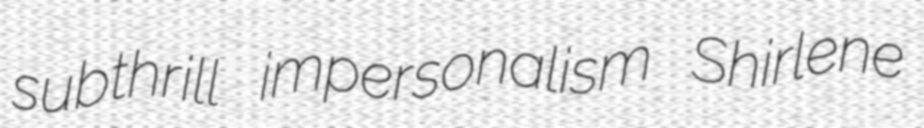
subthrill impersonalism Shirlene